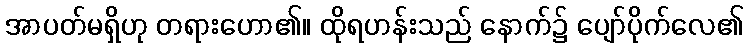
အာပတ်မရှိဟု တရားဟော၏။ ထိုရဟန်းသည် နောက်၌ ပျော်ပိုက်လေ၏